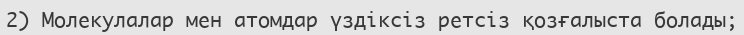
2) Молекулалар мен атомдар үздіксіз ретсіз қозғалыста болады;